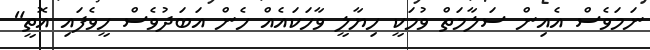
ނަމަވެސް އެއިން ސަލާމަތް ވުމަކީ ހިޔާލީ ވާހަކައެއް ހެން އަބަދުވެސް ހީވެފައި އޮތީ"